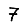
Digit: 7